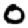
Digit: 0